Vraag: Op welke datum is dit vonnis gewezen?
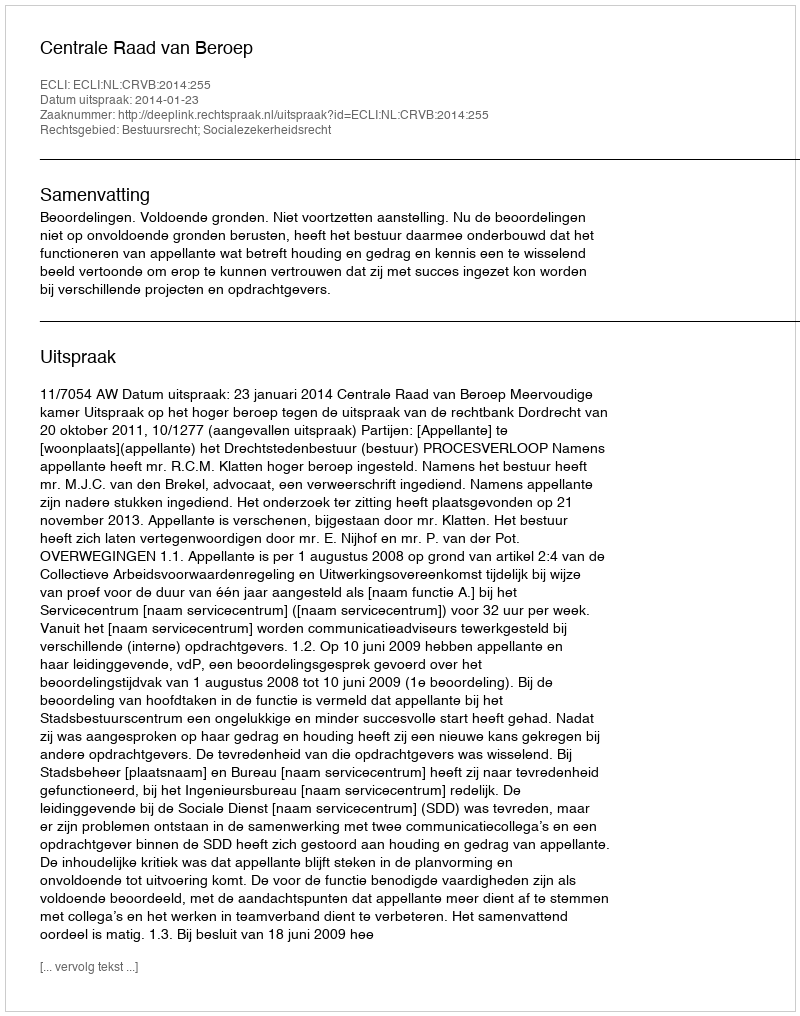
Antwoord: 2014-01-23